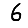
Digit: 6